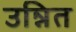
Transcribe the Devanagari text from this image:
उन्नित